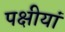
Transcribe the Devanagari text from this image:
पक्षीयां